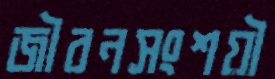
জীবনসংশয়ী